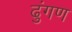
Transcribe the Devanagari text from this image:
ढुंगण